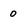
Character: 0